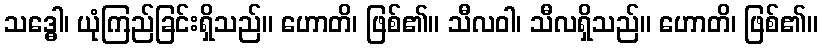
သဒ္ဓေါ၊ ယုံကြည်ခြင်းရှိသည်။ ဟောတိ၊ ဖြစ်၏။ သီလဝါ၊ သီလရှိသည်။ ဟောတိ၊ ဖြစ်၏။